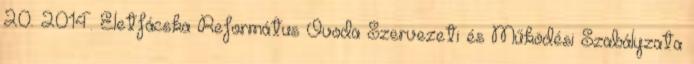
20. 2014. Életfácska Református Óvoda Szervezeti és Működési Szabályzata